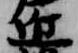
近